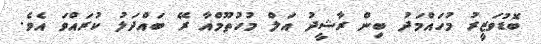
ބޮޑުވަޒީރު މުހައްމަދު ބިން ރާޝީދު އަލް މުހުތޫމްއާ ރޭ ބައްދަލު ކުރައްވަ އެވެ.